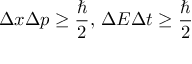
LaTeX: \Delta x \Delta p \geq { \frac { \hbar } { 2 } } , \, \Delta E \Delta t \geq { \frac { \hbar } { 2 } }